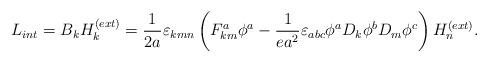
LaTeX: \begin{align*}L_{int} = B_k H_k^{(ext)} = \frac{1}{2a}\varepsilon _{kmn}\left( F_{km}^a \phi ^a- \frac {1}{ea^2}\varepsilon _{abc}\phi ^a D_k \phi ^b D_m \phi ^c\right) H_n^{(ext)}.\end{align*}